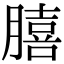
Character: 𮌺